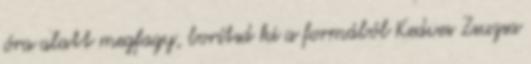
óra alatt megfagy, borítsd ki a formából Kedves Zsuzsa